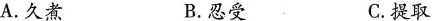
A.久煮 B.忍受 C.提取